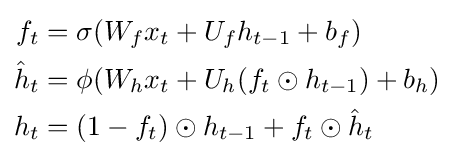
{\begin{aligned}f_{t}&=\sigma (W_{f}x_{t}+U_{f}h_{t-1}+b_{f})\\{\hat {h}}_{t}&=\phi (W_{h}x_{t}+U_{h}(f_{t}\odot h_{t-1})+b_{h})\\h_{t}&=(1-f_{t})\odot h_{t-1}+f_{t}\odot {\hat {h}}_{t}\end{aligned}}